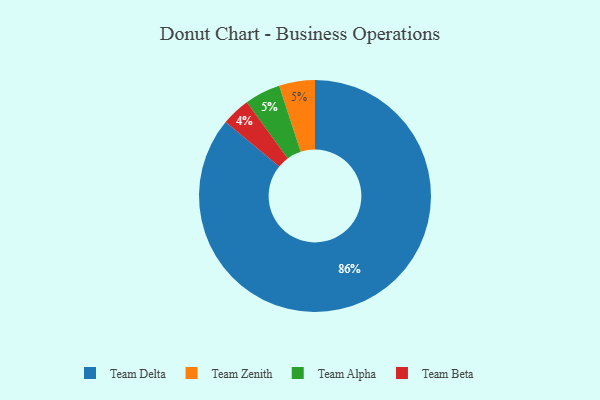
{"axis": {"x": "Category", "y": "Percentage"}, "legend": ["Team Alpha", "Team Beta", "Team Delta", "Team Zenith"], "data": [{"x": "Team Zenith", "y": 5, "type": "Team Zenith"}, {"x": "Team Delta", "y": 86, "type": "Team Delta"}, {"x": "Team Alpha", "y": 5, "type": "Team Alpha"}, {"x": "Team Beta", "y": 4, "type": "Team Beta"}]}